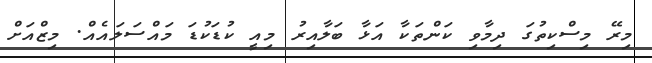
މިރޭ މިސްކިތުގަ ދިމާވި ކަންތަކާ އަޅާ ބަލާއިރު މިއީ ކުޑަކުޑަ މައްސަލައެއް. މިޒްއަށް